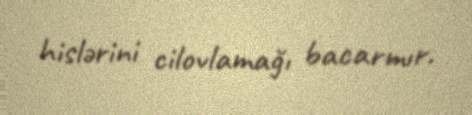
hislərini cilovlamağı bacarmır.